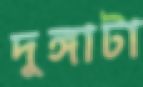
দুঙ্গাটা